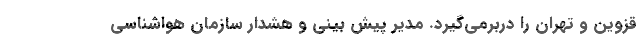
قزوین و تهران را دربرمی‌گیرد. مدیر پیش بینی و هشدار سازمان هواشناسی